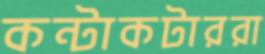
কন্টাকটাররা